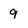
Character: 9